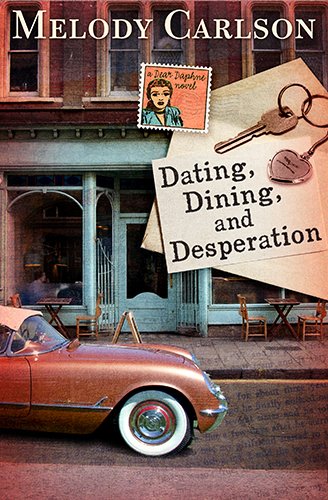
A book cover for Dating, Dining, and Desperation (A Dear Daphne Novel); Melody Carlson; Romance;